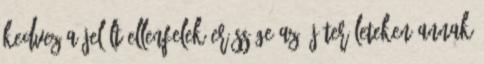
kedvez A jelölt ellenfelek erőssége az új területeken Annak